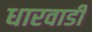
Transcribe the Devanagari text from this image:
धारवाडी